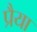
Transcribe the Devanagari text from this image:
प्रैया